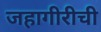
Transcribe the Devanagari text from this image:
जहागीरीची